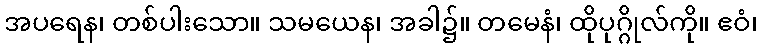
အပရေန၊ တစ်ပါးသော။ သမယေန၊ အခါ၌။ တမေနံ၊ ထိုပုဂ္ဂိုလ်ကို။ ဧဝံ၊